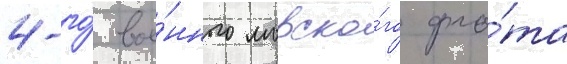
4-го́ вое́нного морско́го фло́та